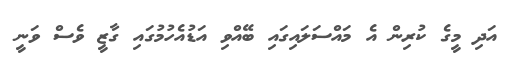
އަދި މީގެ ކުރިން އެ މައްސަލައިގައި ބޭއްވި އަޑުއެހުމުގައި ގާޒީ ވެސް ވަނީ